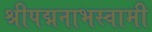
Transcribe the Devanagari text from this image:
श्रीपद्मनाभस्वामी